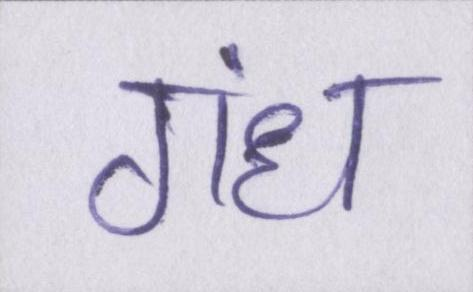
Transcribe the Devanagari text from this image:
गंध